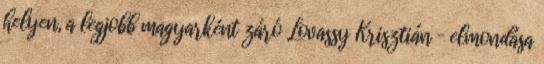
helyen, a legjobb magyarként záró Lovassy Krisztián – elmondása